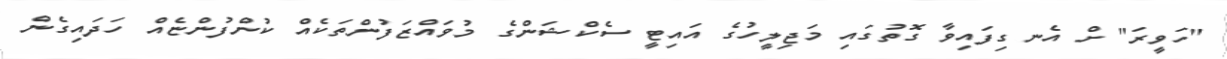
"ހަވީރަ" ށް އެނގިފައިވާ ގޮތުގައި މަޖިލީހުގެ އައިޓީ ސެކްޝަންގެ މުވައްޒަފުންތަކެއް ކުންފުންޏެއް ހަދައިގެން